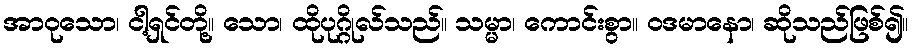
အာဝုသော၊ ငါ့ရှင်တို့။ သော၊ ထိုပုဂ္ဂိုလ်သည်။ သမ္မာ၊ ကောင်းစွာ။ ဝဒမာနော၊ ဆိုသည်ဖြစ်၍။